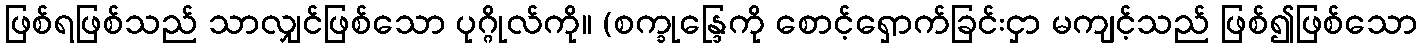
ဖြစ်ရဖြစ်သည် သာလျှင်ဖြစ်သော ပုဂ္ဂိုလ်ကို။ (စက္ခုန္ဒြေကို စောင့်ရှောက်ခြင်းငှာ မကျင့်သည် ဖြစ်၍ဖြစ်သော